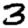
Digit: 3